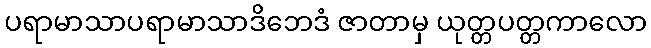
ပရာမာသာပရာမာသာဒိဘေဒံ ဇာတာမှ ယုတ္တပတ္တကာလော